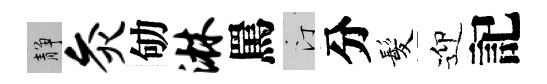
靜灸劬淋罵汀分髪迎記